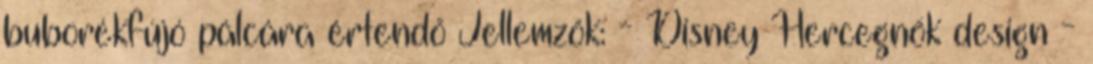
buborékfújó pálcára értendő Jellemzők: - Disney Hercegnők design -